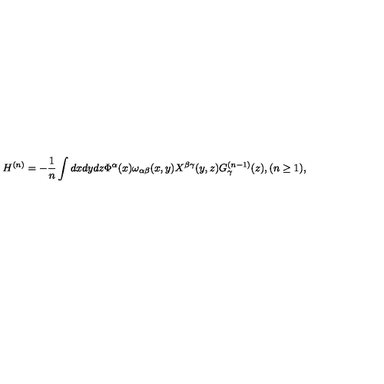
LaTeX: H ^ { ( n ) } = - \frac { 1 } { n } \int d x d y d z \Phi ^ { \alpha } ( x ) \omega _ { \alpha \beta } ( x , y ) X ^ { \beta \gamma } ( y , z ) G _ { \gamma } ^ { ( n - 1 ) } ( z ) , ( n \geq 1 ) ,